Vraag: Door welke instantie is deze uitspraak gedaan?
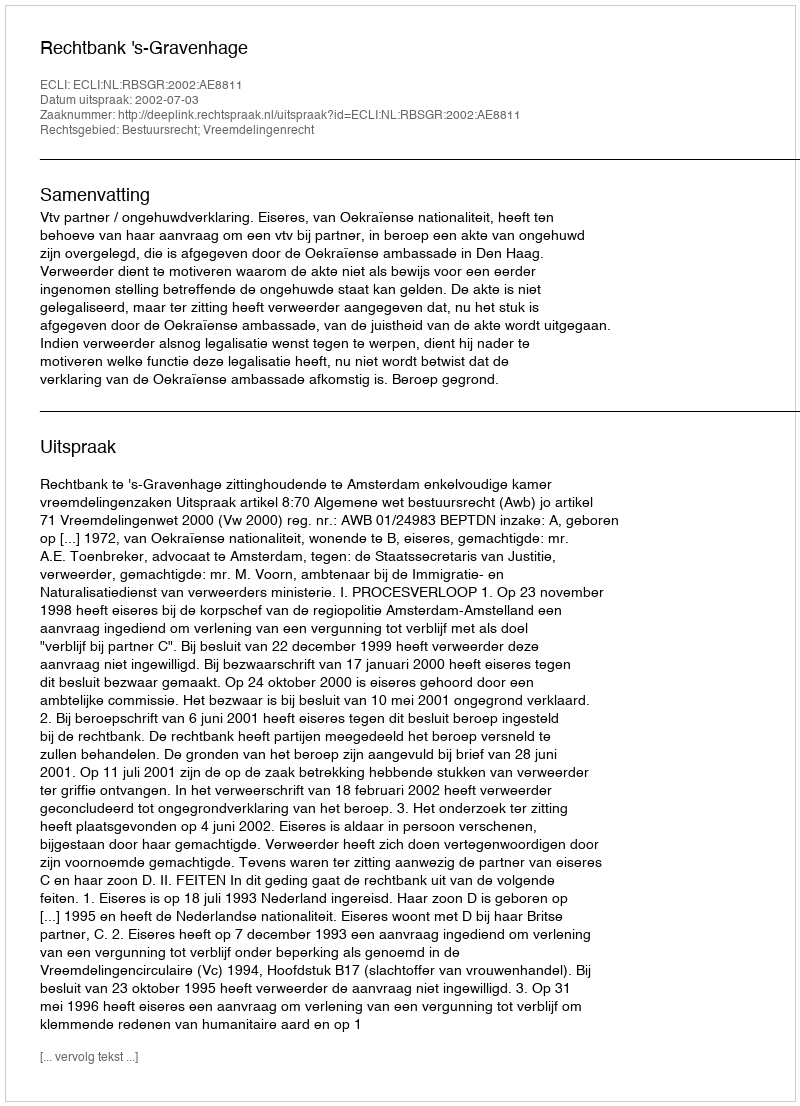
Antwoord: Rechtbank 's-Gravenhage